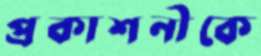
প্রকাশনীকে